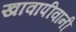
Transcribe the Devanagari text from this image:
खावापीवानी